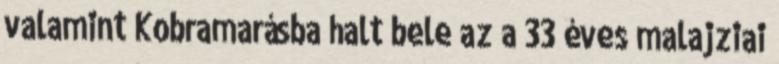
valamint Kobramarásba halt bele az a 33 éves malajziai